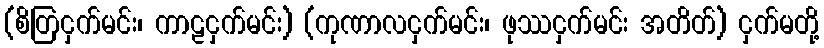
(စိတြငှက်မင်း၊ ကာဠငှက်မင်း) (ကုဏာလငှက်မင်း၊ ဖုဿငှက်မင်း အတိတ်) ငှက်မတို့